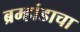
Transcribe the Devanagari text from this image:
ब्रम्हांडाचा